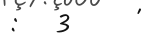
:   3     '